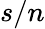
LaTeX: s/n